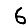
Digit: 6